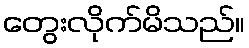
တွေးလိုက်မိသည်။